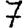
Digit: 7